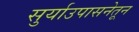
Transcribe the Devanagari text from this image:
सुर्याउपासनेतून